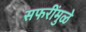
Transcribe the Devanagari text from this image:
सफरींमुळे